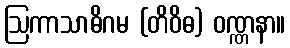
ဩကာသာဓိဂမ (တိဝိဓ) ဝဏ္ဏနာ။